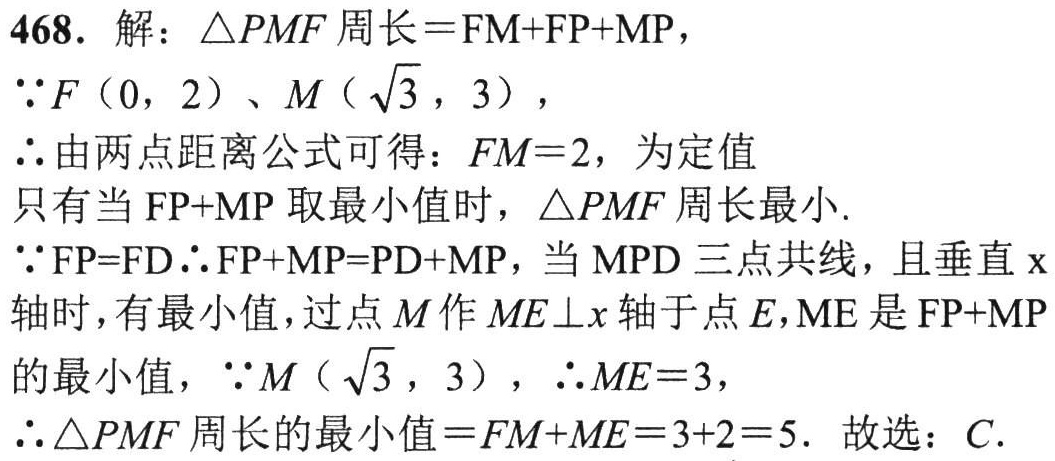
468. 解：\(\triangle PMF\)周长\( = FM + FP+MP\)，
\(\because F(0,2)\)、\(M(\sqrt{3},3)\)，
\(\therefore\)由两点距离公式可得：\(FM = 2\)，为定值
只有当 \(FP + MP\) 取最小值时，\(\triangle PMF\)周长最小.
\(\because FP = FD\therefore FP + MP=PD + MP\)，当 \(MPD\) 三点共线，且垂直 \(x\)轴时，有最小值，过点 \(M\) 作 \(ME\perp x\) 轴于点 \(E\)，\(ME\) 是 \(FP + MP\)的最小值，\(\because M(\sqrt{3},3)\)，\(\therefore ME = 3\)，
\(\therefore\triangle PMF\)周长的最小值\(=FM + ME=3 + 2 = 5\). 故选：\(C\).